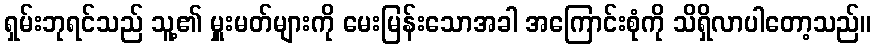
ရှမ်းဘုရင်သည် သူ့၏ မှူးမတ်များကို မေးမြန်းသောအခါ အကြောင်းစုံကို သိရှိလာပါတော့သည်။